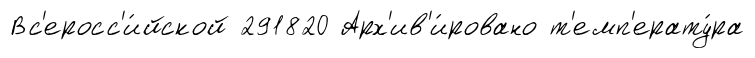
Вс'еросс'и́йской 291820 Арх'ив'и́ровано т'емп'ерату́ра